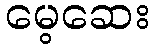
မေ့ဆေး